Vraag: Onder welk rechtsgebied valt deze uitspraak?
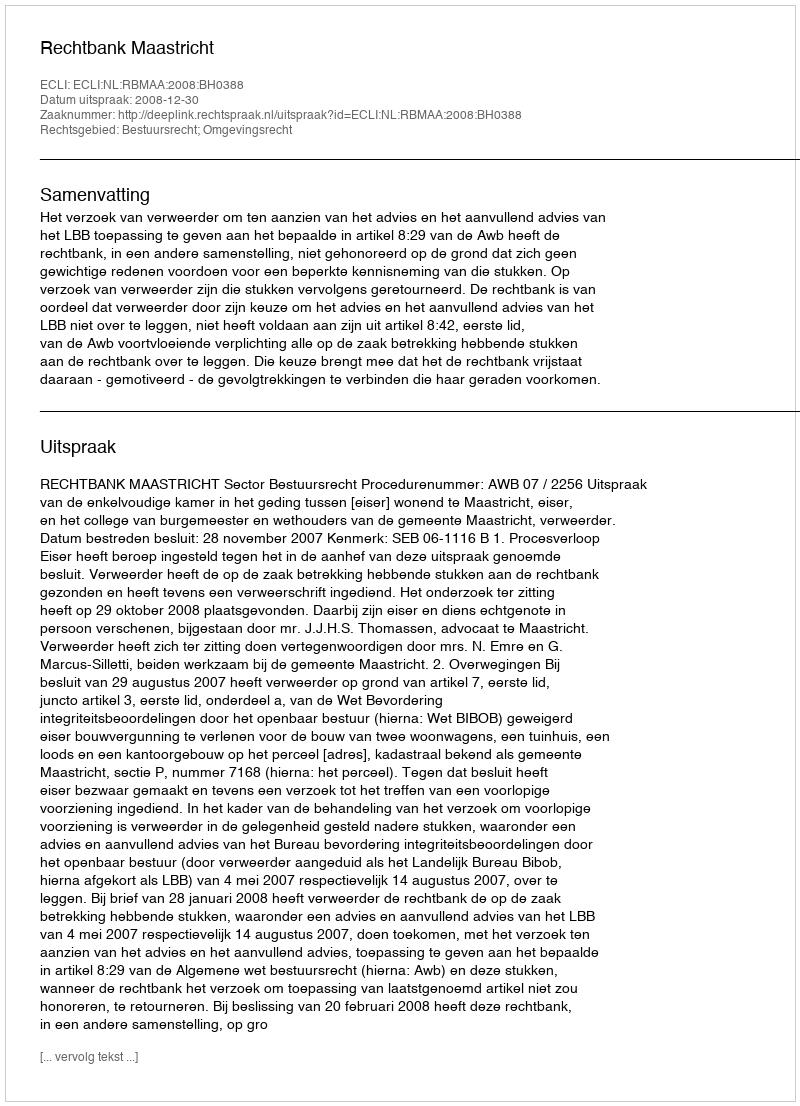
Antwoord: Bestuursrecht; Omgevingsrecht